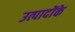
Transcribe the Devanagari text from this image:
उत्पादोंके